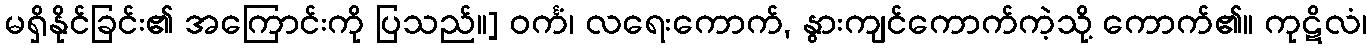
မရှိနိုင်ခြင်း၏ အကြောင်းကို ပြသည်။] ဝင်္ကံ၊ လရေးကောက်, နွားကျင်ကောက်ကဲ့သို့ ကောက်၏။ ကုဋိလံ၊